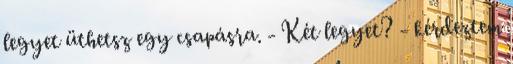
legyet üthetsz egy csapásra. - Két legyet? - kérdeztem